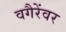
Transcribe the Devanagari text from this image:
वगैरेंवर